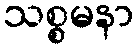
သစ္စမနာ